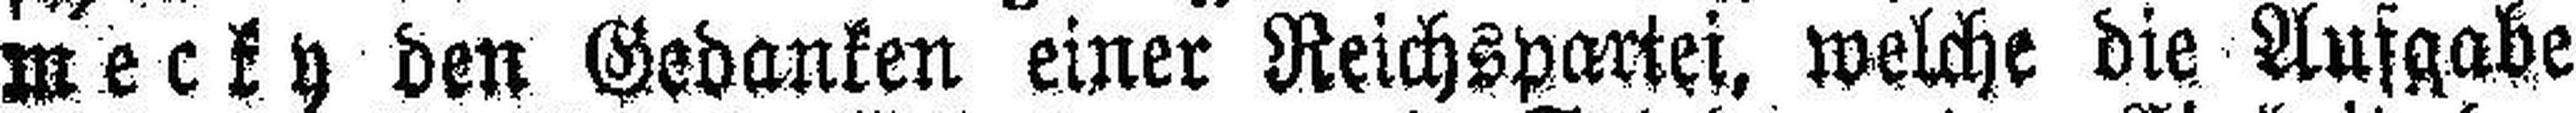
mecky den Gedanken einer Reichspartei, welche die Ausgabe